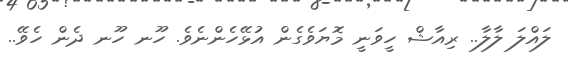
ލައްލަ ލާލާ.. ރިއާޝް ހީވަނީ މޮޔަވެގެން އުޅޭހެންނެވެ. ހޫނ ހޫނ ދެން ހެވޭ..